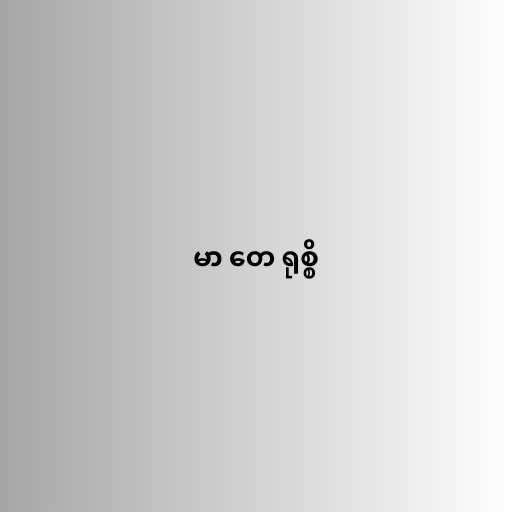
မာ တေ ရုစ္စိ